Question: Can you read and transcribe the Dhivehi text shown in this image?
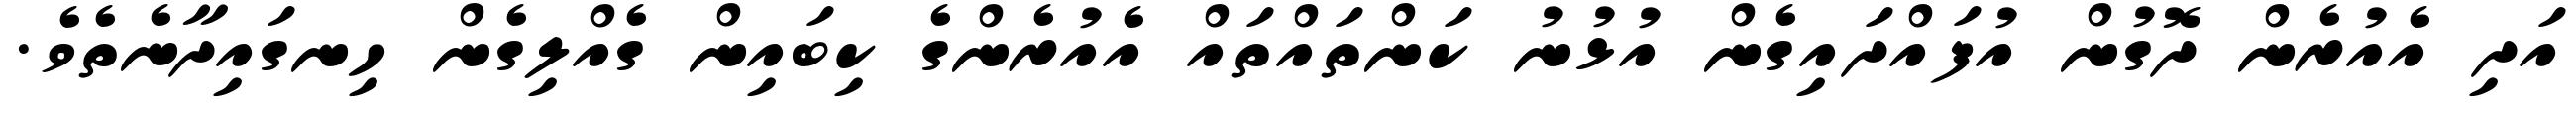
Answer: އަދި އެއުރެން ދޮގުން އުފައްދައިގެން އުޅުނު ކަންތައްތައް އެއުރެންގެ ކިބައިން ގެއްލިގެން ހިނގައިދާނެތެވެ.